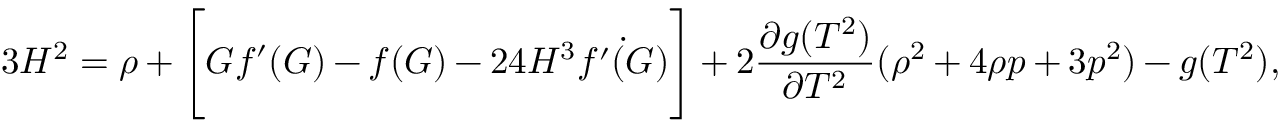
3 H ^ { 2 } = \rho + \Bigg [ G f ^ { \prime } ( G ) - f ( G ) - 2 4 H ^ { 3 } \dot { f ^ { \prime } ( G ) } \Bigg ] + 2 \frac { \partial g ( T ^ { 2 } ) } { \partial T ^ { 2 } } ( \rho ^ { 2 } + 4 \rho p + 3 p ^ { 2 } ) - g ( T ^ { 2 } ) ,